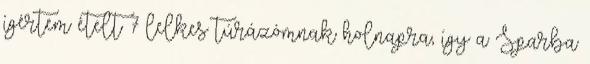
ígértem ételt 7 lelkes túrázómnak holnapra, így a Sparba